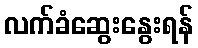
လက်ခံဆွေးနွေးရန်